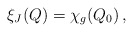
\begin{align*}\xi_J(Q) = \chi_g(Q_0)\,,\end{align*}